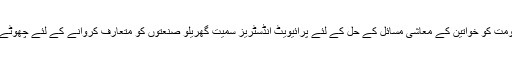
آزاد کشمیر میں خواتین کے مسائل کے حل کے حوالے سے پروفیسر عطیہ انور کا کہنا ہے کہ ”حکومت کو خواتین کے معاشی مسائل کے حل کے لئے پرائیویٹ انڈسٹریز سمیت گھریلو صنعتوں کو متعارف کروانے کے لئے چھوٹے قرضوں جیسی سکیموں کو سامنے لانا چاہیے اور خواتین کو کاروبار کی طرف راغب کرنا چاہیے۔